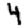
Digit: 4